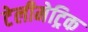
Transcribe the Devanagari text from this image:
टेलीमेट्रिक